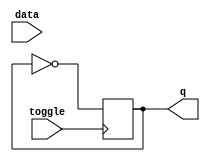
module tLatch (
    input toggle,
    input data,
    output reg q
);

always @(posedge toggle)
    begin
        if(toggle)
            q <= ~q;
    end

endmodule